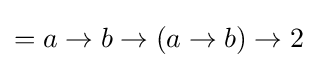
=a\to b\to (a\to b)\to 2